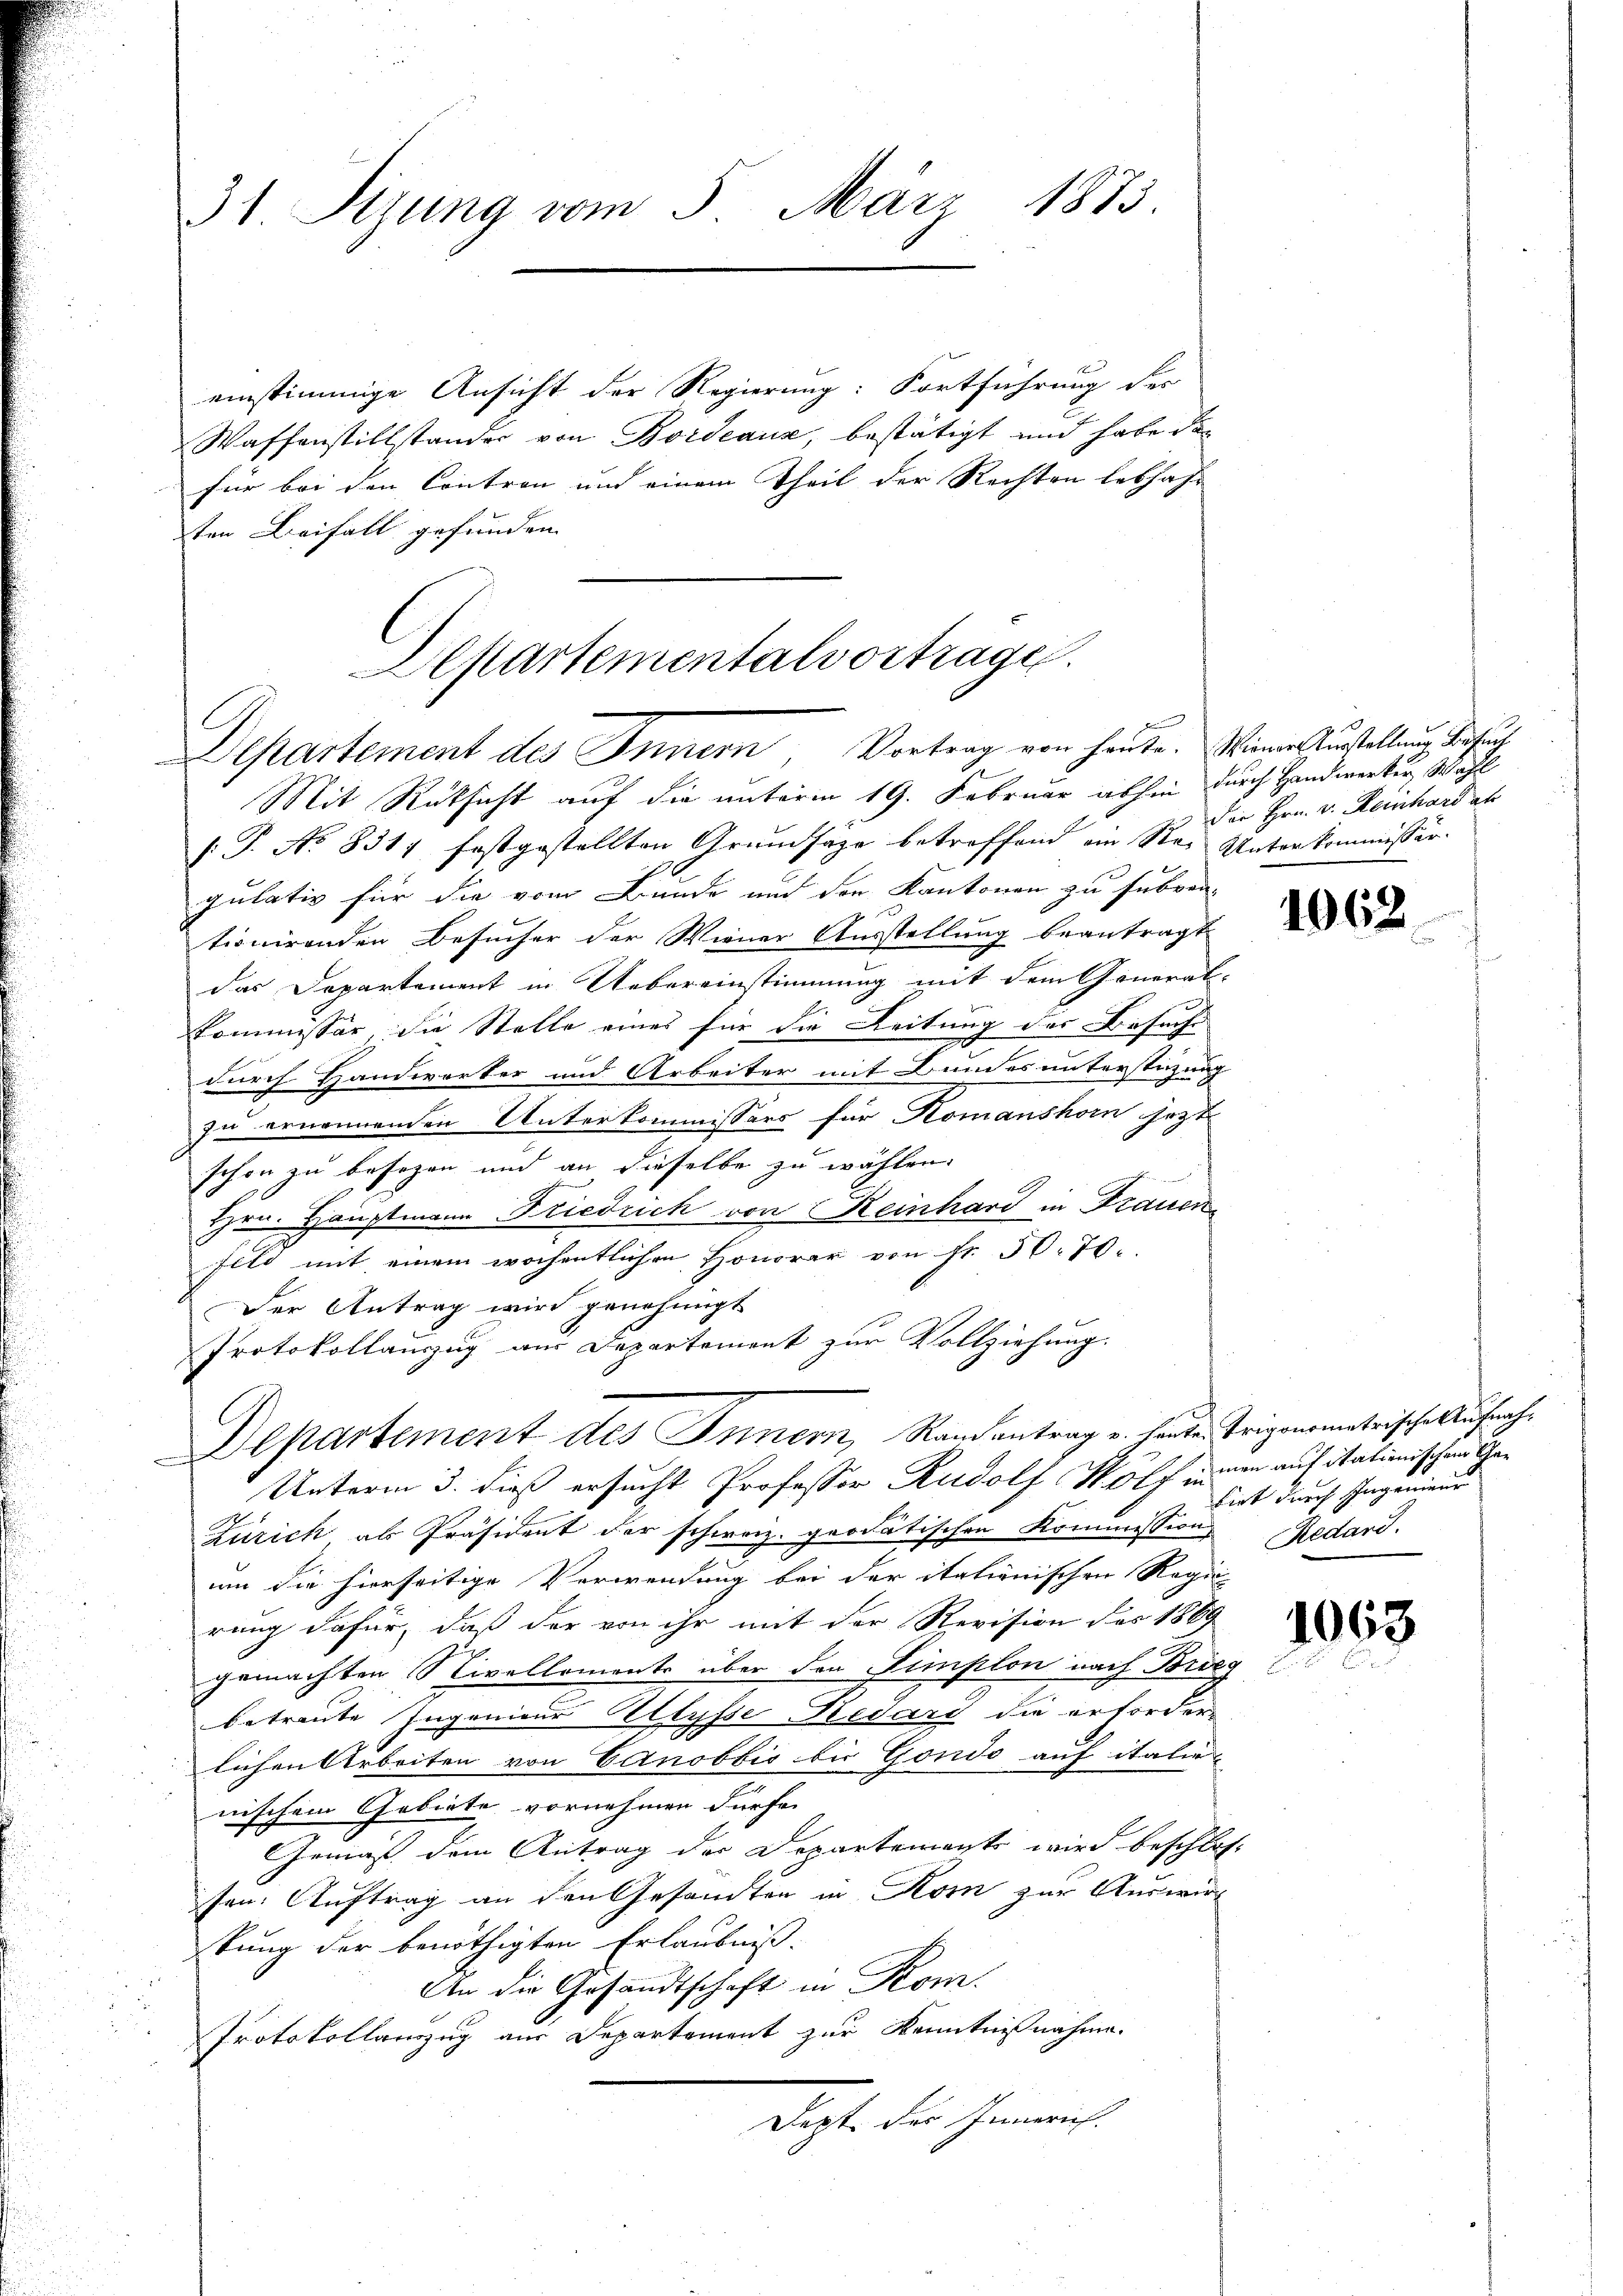
31. Sitzung vom 5. März 1883.

einstimmige Ansicht der Regierung: Fortführung des
Waffenstillständer von Bordeaux, bestätigt und habe da
für bei den Contron und einem Theil der Rechten lebhaft
sten Beifall gefunden

epartementalvortragen.
Departement des Innern, Vortrag von heute. Wienen Gunstellung diesent

Mit Rüksicht auf die unterm 19. Februar abhin durch Handwerker Wahl
[.P. No 8311 festgestellten Grundsage betreffend ein Sei Unterkommissär. |
pulativ für die vom Bunde und den Kantonen zu subven
tionirenden Besucher der Wiener Ausstellung beantragt
das Departement in Uebereinstimmung mit dem General-
Commissär die Stelle eines für die Leitung des Besuche
durch Handwerker und Arbeiter mit Bundes unterstüzung
zu ernennenden Unterkommissärs für Komanshorn jezt
schon zu besezen und an dieselbe zu wählen.
Hrn. Hauptmann Friedrich von Reinhard in Frauen
fild mit einem wochentlichen Honorar von fr. 50. 70.
Der Antrag wird genehmigt
Protokollauszug aus Departement zur Vollziehung.
Unterm 3. dieß ersucht Professor Rudolf Wolf einen auf italienischen Ge¬
Zürich als Präsident der schweiz. geodatischen Kommission Redard.
um die hierseitige Verwendung bei der itationischen Regie
rung dafür, daß der von ihr mit der Revision des 1889
gemachten Nivellomonts über den Simplon nach Breg
betreute Ingenieur Ulysse Redard die erforderlichen Arbeiten von Canobbis bis Gondo auf italie
nischem Gebiete vornehmen dürfe.
Gemäß dem Antrag der Departemente wird beschloss
sen. Auftrag an den Gesandten in Korn zur Auswir
stung der benöthigten Erlaubniß.
An die Gesandtschaft in Kom
Protokollanzug aus Departement zur Kenntnißnahme.
apt. der Gemein

3

Departement des Innern, Randantrag u. heute Trigonometrische Aufnah¬

Der Hrn. v. Reinhard ab

1062.

biet durch Ingenieur

1063